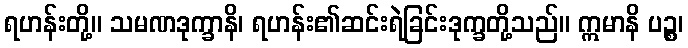
ရဟန်းတို့။ သမဏဒုက္ခာနိ၊ ရဟန်း၏ဆင်းရဲခြင်းဒုက္ခတို့သည်။ ဣမာနိ ပဉ္စ၊